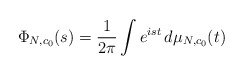
\begin{align*}\Phi_{N,c_0}(s) = \frac{1}{2\pi} \int e^{is t} \, d\mu_{N,c_0}(t) \end{align*}